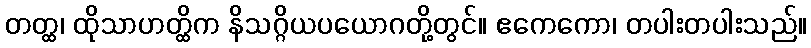
တတ္ထ၊ ထိုသာဟတ္ထိက နိသဂ္ဂိယပယောဂတို့တွင်။ ဧကေကော၊ တပါးတပါးသည်။